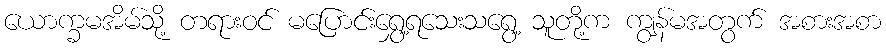
ယောက္ခမအိမ်သို့ တရားဝင် မပြောင်းရွှေ့ရသေးသရွေ့ သူတို့က ကျွန်မအတွက် အစားအစာ